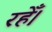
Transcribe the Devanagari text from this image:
रहेँ।